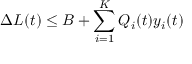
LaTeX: \Delta L ( t ) \leq B + \sum _ { i = 1 } ^ { K } Q _ { i } ( t ) y _ { i } ( t )